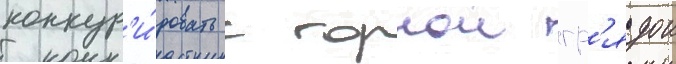
конкур'и́ровать с горнои гр'ядои